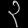
Digit: ၃